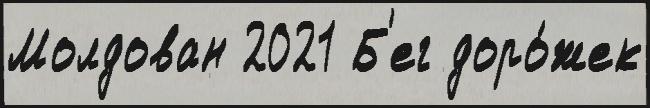
Молдован 2021 Б'ег доро́жек